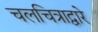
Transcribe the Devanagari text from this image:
चलचित्राद्वारे